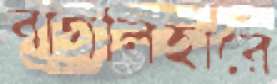
বাগলিহারে